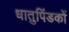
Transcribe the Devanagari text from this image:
धातुपिंडकों